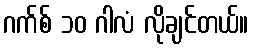
ဂက်စ် ၁၀ ဂါလံ လိုချင်တယ်။